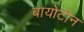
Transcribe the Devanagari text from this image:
बायोटीन